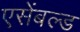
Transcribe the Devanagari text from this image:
एसेंबल्ड